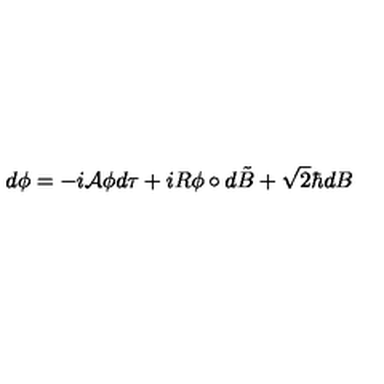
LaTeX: d \phi = - i { \cal A } \phi d \tau + i R \phi \circ d \tilde { B } + \sqrt { 2 } \hbar d B